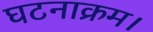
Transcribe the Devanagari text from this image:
घटनाक्रम।